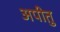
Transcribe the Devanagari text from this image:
अपीतु